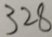
3 2 8